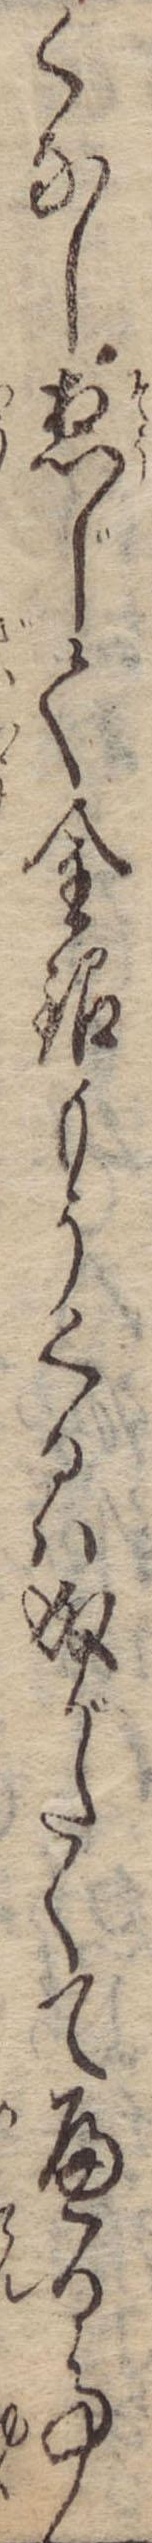
くなし惣じて金銀もうくるは成がたくてへる事